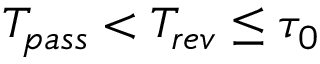
T _ { p a s s } < T _ { r e v } \leq \tau _ { 0 }